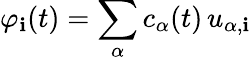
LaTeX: \varphi_{\mathbf{i}}(t)=\sum_{\alpha}c_{\alpha}(t)\, u_{\alpha,\mathbf{i}}